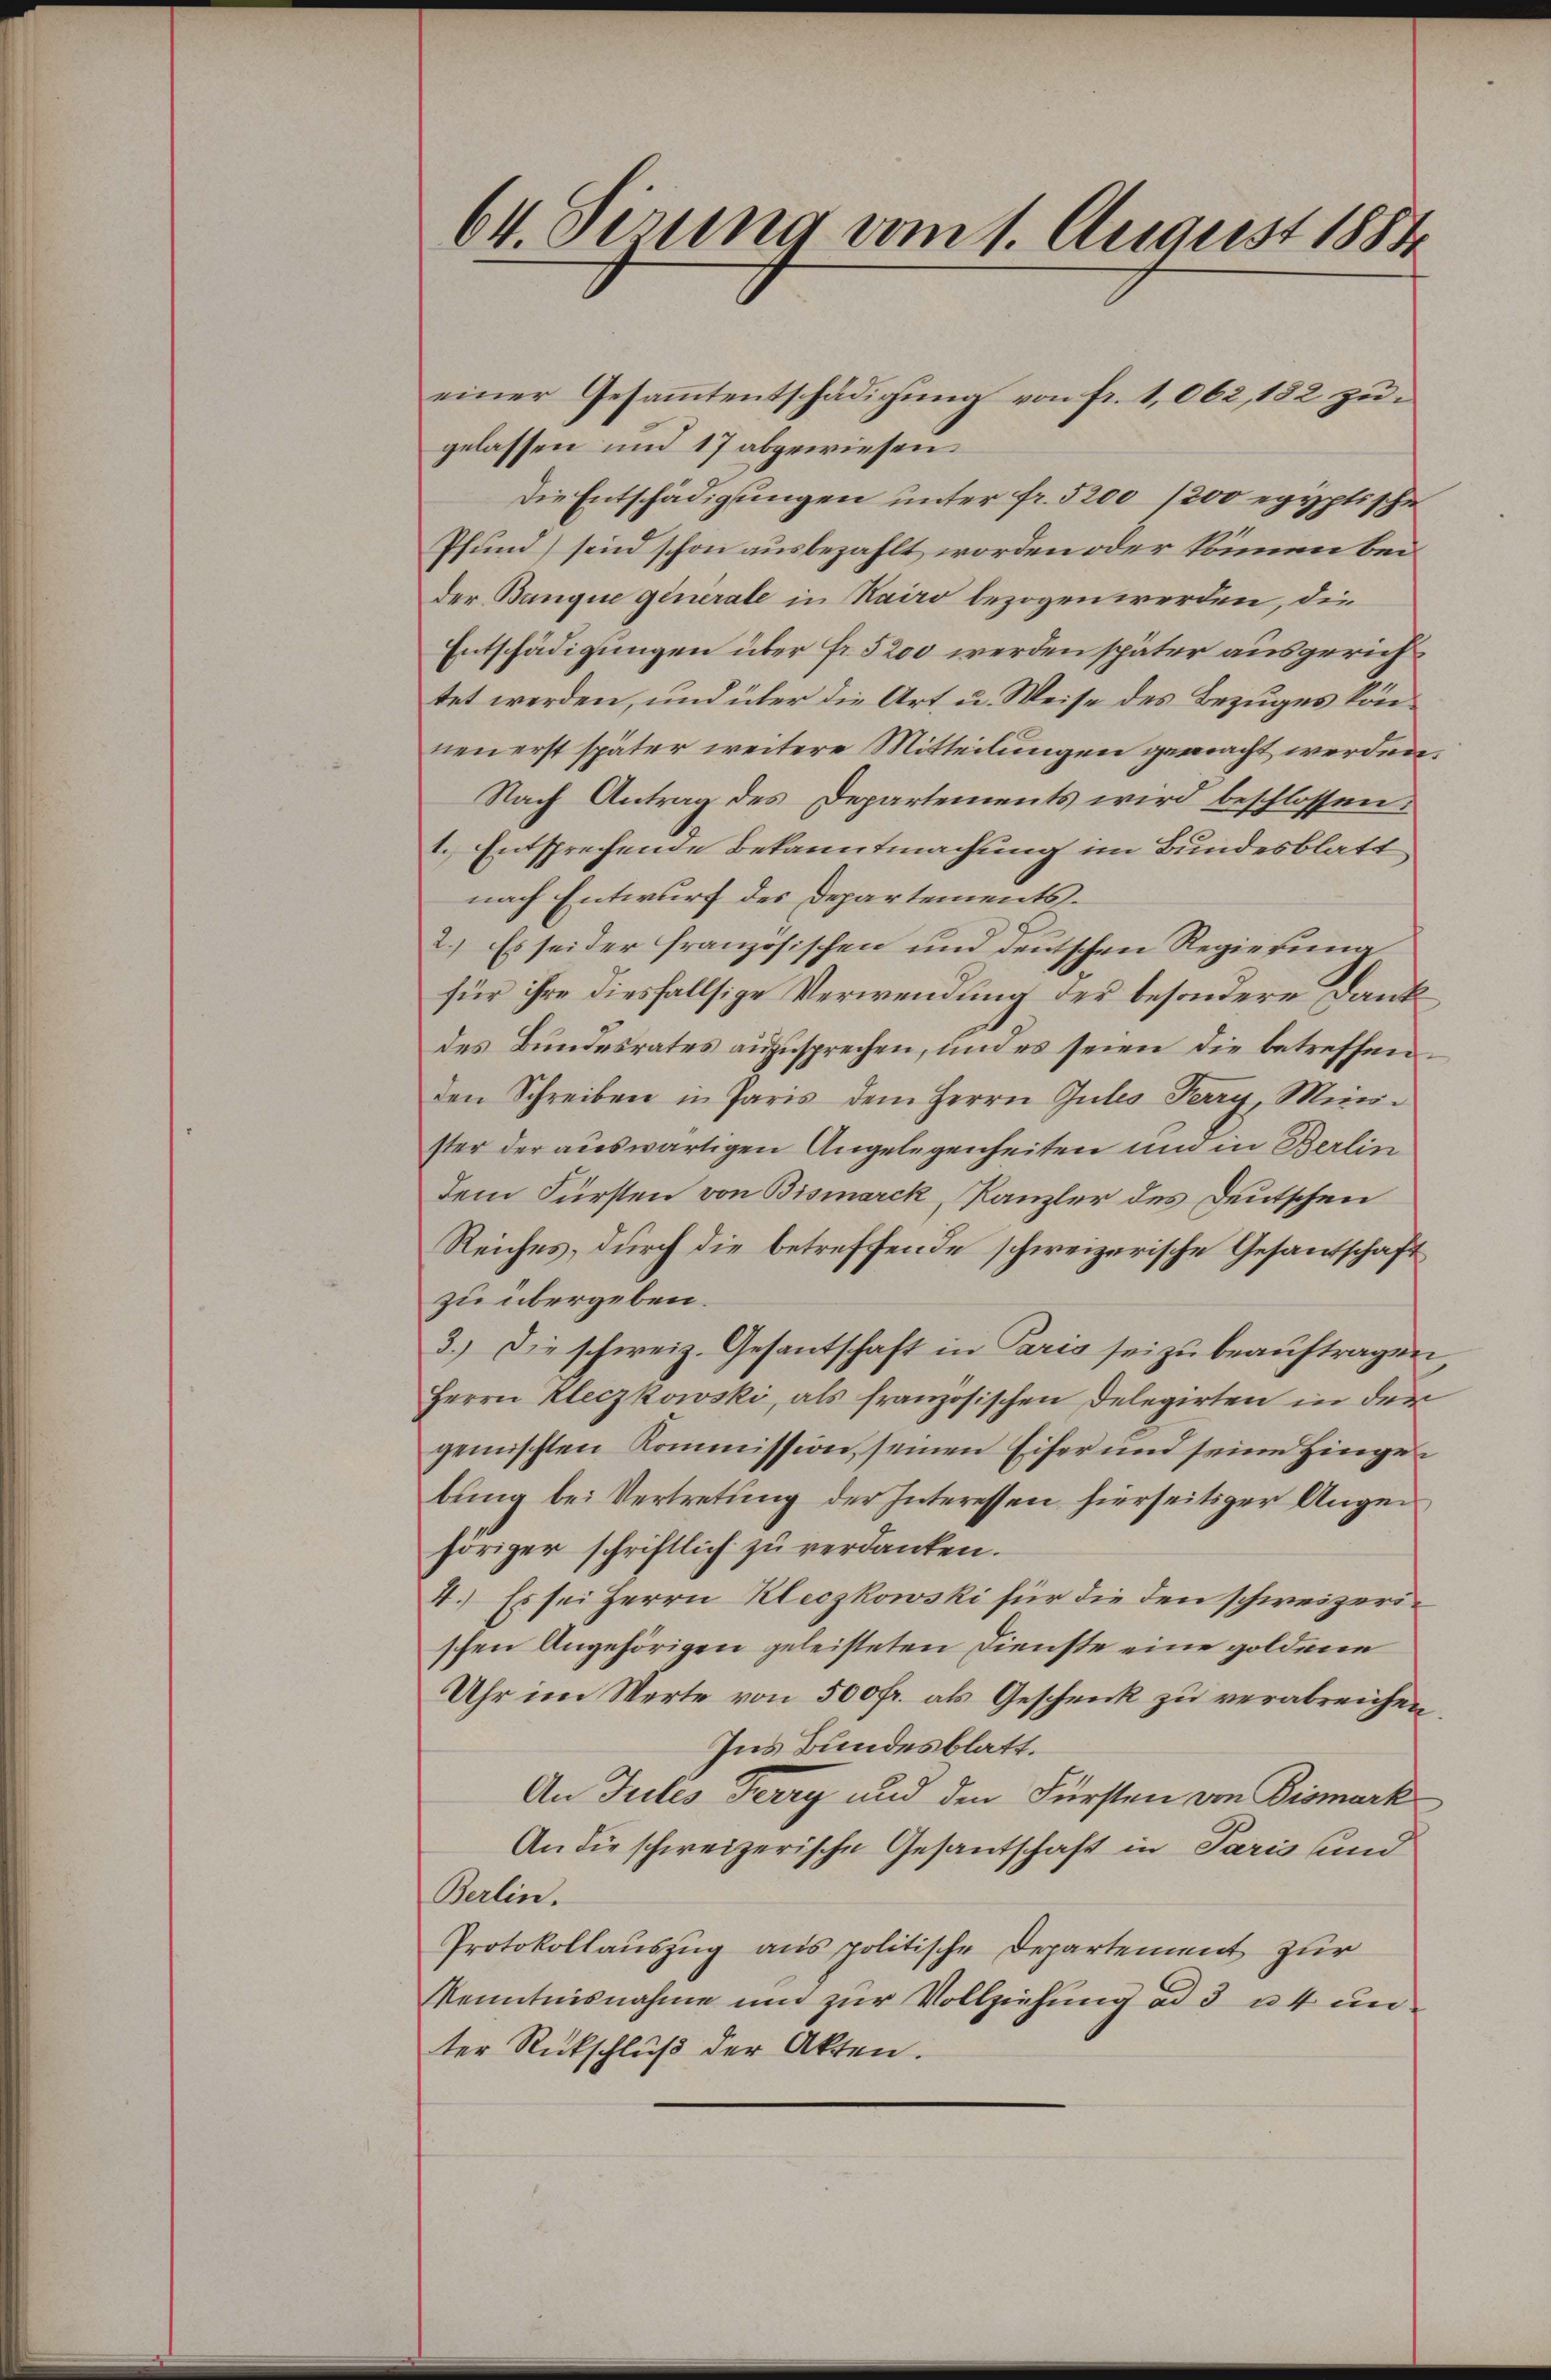
64. Sizung vom 1. August 1884

einer Gesammtentschädigŭng von fr. 1062, 182 zŭ-
gelassen und 17 abgewiesen.
Die Entschädigungen unter fr. 5200 (200 egyptische
Pfund) sind schon ausbezahlt worden oder können bei
der Banque generale in Kairo bezogen werden, die
Entschädigungen über Fr. 5200 werden später ausgerichtet werden, und über die Art u. Weise des Bezuges können erst später weitere Mitteilungen gemacht werden.
Nach Antrag des Departements wird beschlossen:
1. Entsprechende Bekanntmachung im Bundesblatt
nach Entwurf des Departements¬
2.) Es sei der französischen und deutschen Regierung
für ihre diesfallsige Verwendung der besondere Dank
des Bundesrates anzusprechen, und es seien die betreffenden Schreiben in Paris dem Herrn Gutes Perry, Minister der auswärtigen Angelegenheiten um in Berlin
dem Fürsten von Bismarck, Kanzler des Deutschen
Reiches, durch die betreffende schweizerische Gesandschaft
zu übergeben.
3.) Die schweiz. Gesantschaft in Paris sei zu beauftragen
Herrn Kleczkowski, als französischen Delegirten in der
gemischten Kommission seinen Eifer und seine Hinge
bung bei Vertretung der Interessen hierseitiger Augen
höriger schriftlich zu verdanken.
4.) Es sei Herrn Kleczkowski für die den schweizerischen Angehörigen geleisteten Dienste eine goldene
Uhr im Werte von 500 fr. als Geschenk zu verabreichen.
Ins Bundesblatt.
An Tutes Ferry und den Fürsten von Bismark
An die schweizerische Gesantschaft in Paris und
Berlin.
Protokollauszug aus politische Departement zur
Kenntnisnahme und zur Vollziehung ad 3 u. 4 un
ter Rückschluß der Akten.